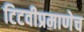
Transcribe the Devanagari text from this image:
टिटवीप्रमाणेच